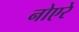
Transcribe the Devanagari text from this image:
नोएरे